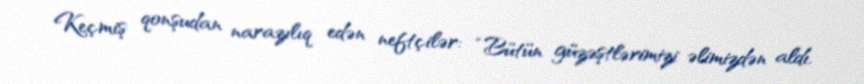
Keçmiş qonşudan narazılıq edən neftçilər: “Bütün güzəştlərimizi əlimizdən aldı,